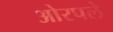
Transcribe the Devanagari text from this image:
ओरपले